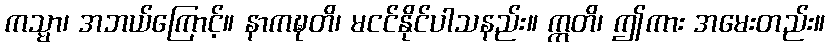
ကသ္မာ၊ အဘယ်ကြောင့်။ နာကဍ္ဎတိ၊ မငင်နိုင်ပါသနည်း။ ဣတိ၊ ဤကား အမေးတည်း။